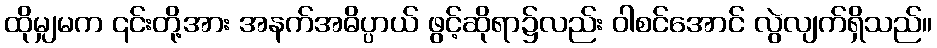
ထိုမျှမက ၎င်းတို့အား အနက်အဓိပ္ပာယ် ဖွင့်ဆိုရာ၌လည်း ဝါစင်အောင် လွဲလျက်ရှိသည်။